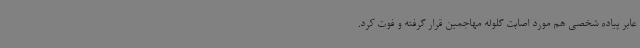
عابر پیاده شخصی هم مورد اصابت گلوله مهاجمین قرار گرفته و فوت کرد.